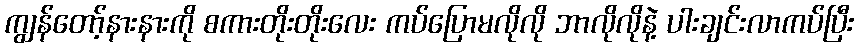
ကျွန်တော့်နားနားကို စကားတိုးတိုးလေး ကပ်ပြောမလိုလို ဘာလိုလိုနဲ့ ပါးချင်းလာကပ်ပြီး